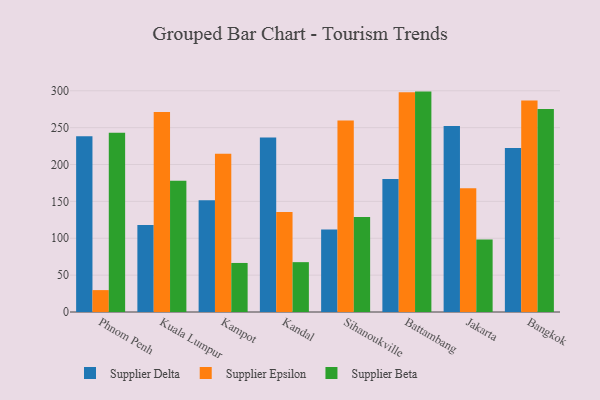
{"axis": {"x": "City", "y": "Waste Production (Tons)"}, "legend": ["Supplier Beta", "Supplier Delta", "Supplier Epsilon"], "data": [{"x": "Phnom Penh", "y": 238.4, "type": "Supplier Delta"}, {"x": "Phnom Penh", "y": 29.7, "type": "Supplier Epsilon"}, {"x": "Phnom Penh", "y": 243.1, "type": "Supplier Beta"}, {"x": "Kuala Lumpur", "y": 118.1, "type": "Supplier Delta"}, {"x": "Kuala Lumpur", "y": 271.4, "type": "Supplier Epsilon"}, {"x": "Kuala Lumpur", "y": 178.1, "type": "Supplier Beta"}, {"x": "Kampot", "y": 151.6, "type": "Supplier Delta"}, {"x": "Kampot", "y": 214.5, "type": "Supplier Epsilon"}, {"x": "Kampot", "y": 66.5, "type": "Supplier Beta"}, {"x": "Kandal", "y": 236.7, "type": "Supplier Delta"}, {"x": "Kandal", "y": 135.7, "type": "Supplier Epsilon"}, {"x": "Kandal", "y": 67.6, "type": "Supplier Beta"}, {"x": "Sihanoukville", "y": 112.0, "type": "Supplier Delta"}, {"x": "Sihanoukville", "y": 259.7, "type": "Supplier Epsilon"}, {"x": "Sihanoukville", "y": 128.7, "type": "Supplier Beta"}, {"x": "Battambang", "y": 180.5, "type": "Supplier Delta"}, {"x": "Battambang", "y": 298.0, "type": "Supplier Epsilon"}, {"x": "Battambang", "y": 298.9, "type": "Supplier Beta"}, {"x": "Jakarta", "y": 252.1, "type": "Supplier Delta"}, {"x": "Jakarta", "y": 167.7, "type": "Supplier Epsilon"}, {"x": "Jakarta", "y": 98.4, "type": "Supplier Beta"}, {"x": "Bangkok", "y": 222.3, "type": "Supplier Delta"}, {"x": "Bangkok", "y": 286.9, "type": "Supplier Epsilon"}, {"x": "Bangkok", "y": 275.3, "type": "Supplier Beta"}]}